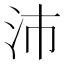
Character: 沛